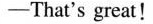
—That's great!